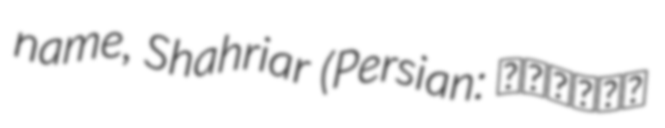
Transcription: name, Shahriar (Persian: شهریار